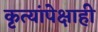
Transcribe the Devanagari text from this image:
कृत्यांपेक्षाही